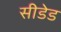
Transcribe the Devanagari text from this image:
सीडेड